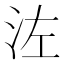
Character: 𣳇